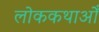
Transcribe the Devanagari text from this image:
लोककथाओँ